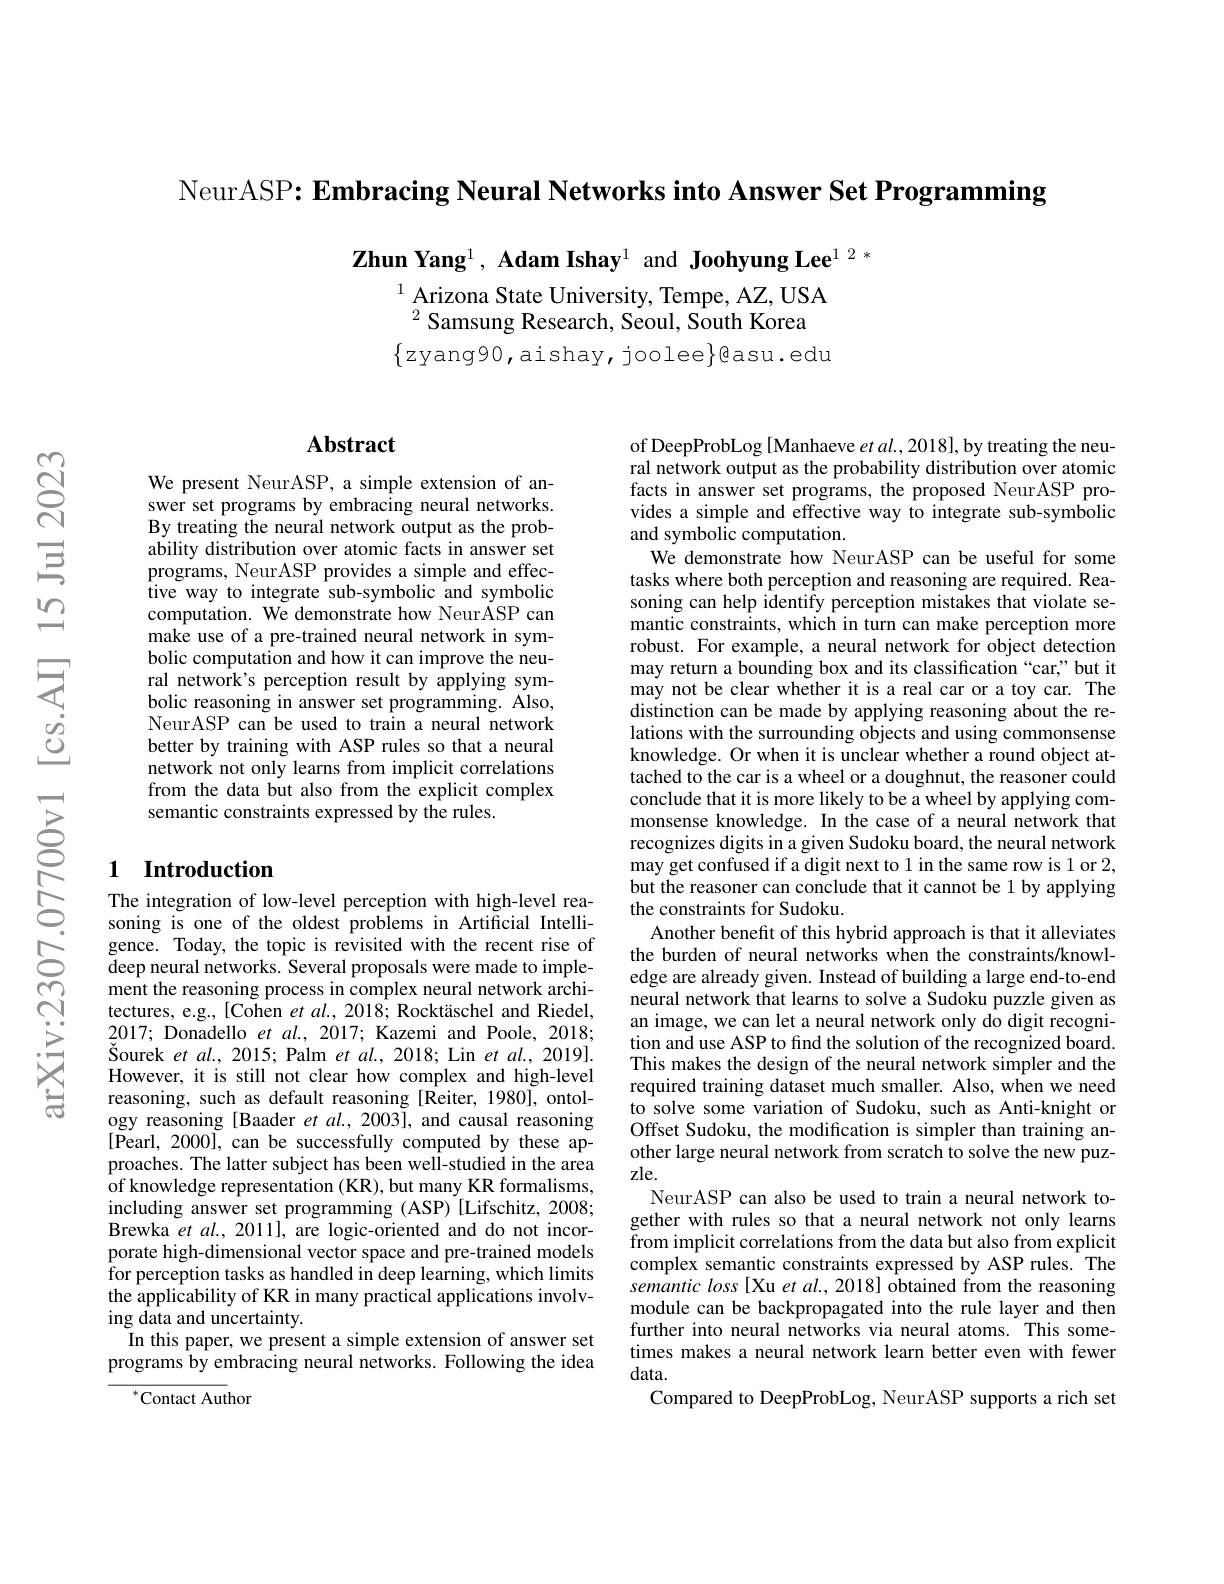
NeurASP: Embracing Neural Networks into Answer Set Programming

Zhun Yang$^{1}$, Adam Ishay$^{1}$ and Joohyung Lee$^{12*}$

$^{1}$ Arizona State University, Tempe, AZ, USA
$^{2}$Samsung Research, Seoul, South Korea
$\{$zyang90,aishay,joolee$\}$gasu.edu

## Abstract

We present NeurASP, a simple extension of answer set programs by embracing neural networks. By treating the neural network output as the probability distribution over atomic facts in answer set programs, NeurASP provides a simple and effective way to integrate sub-symbolic and symbolic computation. We demonstrate how Neur$\tilde{\mathrm{ASP}}$ can make use of a pre-trained neural network in symbolic computation and how it can improve the neural network's perception result by applying symbolic reasoning in answer set programming. Also, NeurASP can be used to train a neural network better by training with ASP rules so that a neural network not only learns from implicit correlations from the data but also from the explicit complex semantic constraints expressed by the rules.

### 1 Introduction

The integration of low-level perception with high-level reasoning is one of the oldest problems in Artificial Intelligence. Today, the topic is revisited with the recent rise of deep neural networks. Several proposals were made to implement the reasoning process in complex neural network architectures, e.g., [Cohen et al., 2018; Rocktäschel and Riedel, 2017; Donadello et $al.,2017;$ Kazemi and Poole, 2018; $\breve{\text{Sourek }}etal.,2015;$Palm$etal.,2018;$Lin$etal.,2019].$ However, it is still not clear how complex and high-level reasoning, such as default reasoning [Reiter, 1980], ontology reasoning [Baader et $al.,2003]$, and causal reasoning [Pearl, 2000], can be successfully computed by these approaches. The latter subject has been well-studied in the area of knowledge representation (KR), but many KR formalisms, including answer set programming (ASP) [Lifschitz, 2008; Brewka $etal.,2011]$, are logic-oriented and do not incorporate high-dimensional vector space and pre-trained models $\hat{\text{for perception tasks as handled in deep learning, which limits}}$ the applicability of KR in many practical applications involving data and uncertainty.
In this paper, we present a simple extension of answer set programs by embracing neural networks. Following the idea

$^{*}$Contact Author

of DeepProbLog [ Manhaeve $et\textit{al. , 2018}] $,by treating the neural network output as the probability distribution over atomic facts in answer set programs, the proposed NeurASP provides a simple and effective way to integrate sub-symbolic and symbolic computation.
We demonstrate how NeurASP can be useful for some tasks where both perception and reasoning are required. Reasoning can help identify perception mistakes that violate semantic constraints, which in turn can make perception more robust. For example, a neural network for object detection may return a bounding box and its classification “car,”but it may not be clear whether it is a real car or a toy car. The distinction can be made by applying reasoning about the relations with the surrounding objects and using commonsense knowledge. Or when it is unclear whether a round object attached to the car is a wheel or a doughnut, the reasoner could conclude that it is more likely to be a wheel by applying commonsense knowledge. In the case of a neural network that recognizes digits in a given Sudoku board, the neural network may get confused if a digit next to 1 in the same row is 1 or 2, but the reasoner can conclude that it cannot be 1 by applying the constraints for Sudoku
Another benefit of this hybrid approach is that it alleviates the burden of neural networks when the constraints/knowledge are already given. Instead of building a large end-to-end neural network that learns to solve a Sudoku puzzle given as an image, we can let a neural network only do digit recognition and use ASP to find the solution of the recognized board. This makes the design of the neural network simpler and the required training dataset much smaller. Also, when we need to solve some variation of Sudoku, such as Anti-knight or Offset Sudoku, the modification is simpler than training another large neural network from scratch to solve the new puzzle.
NeurASP can also be used to train a neural network together with rules so that a neural network not only learns from implicit correlations from the data but also from explicit complex semantic constraints expressed by ASP rules. The semantic loss [Xu et al., 2018] obtained from the reasoning module can be backpropagated into the rule layer and then further into neural networks via neural atoms. This sometimes makes a neural network learn better even with fewer data.
Compared to DeepProbLog, NeurASP supports a rich set